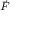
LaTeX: \scriptstyle { \vec { F } }